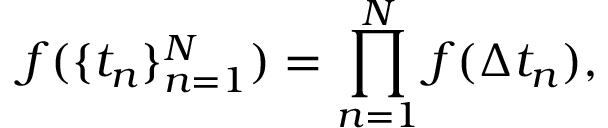
f ( \{ t _ { n } \} _ { n = 1 } ^ { N } ) = \prod _ { n = 1 } ^ { N } f ( \Delta t _ { n } ) ,